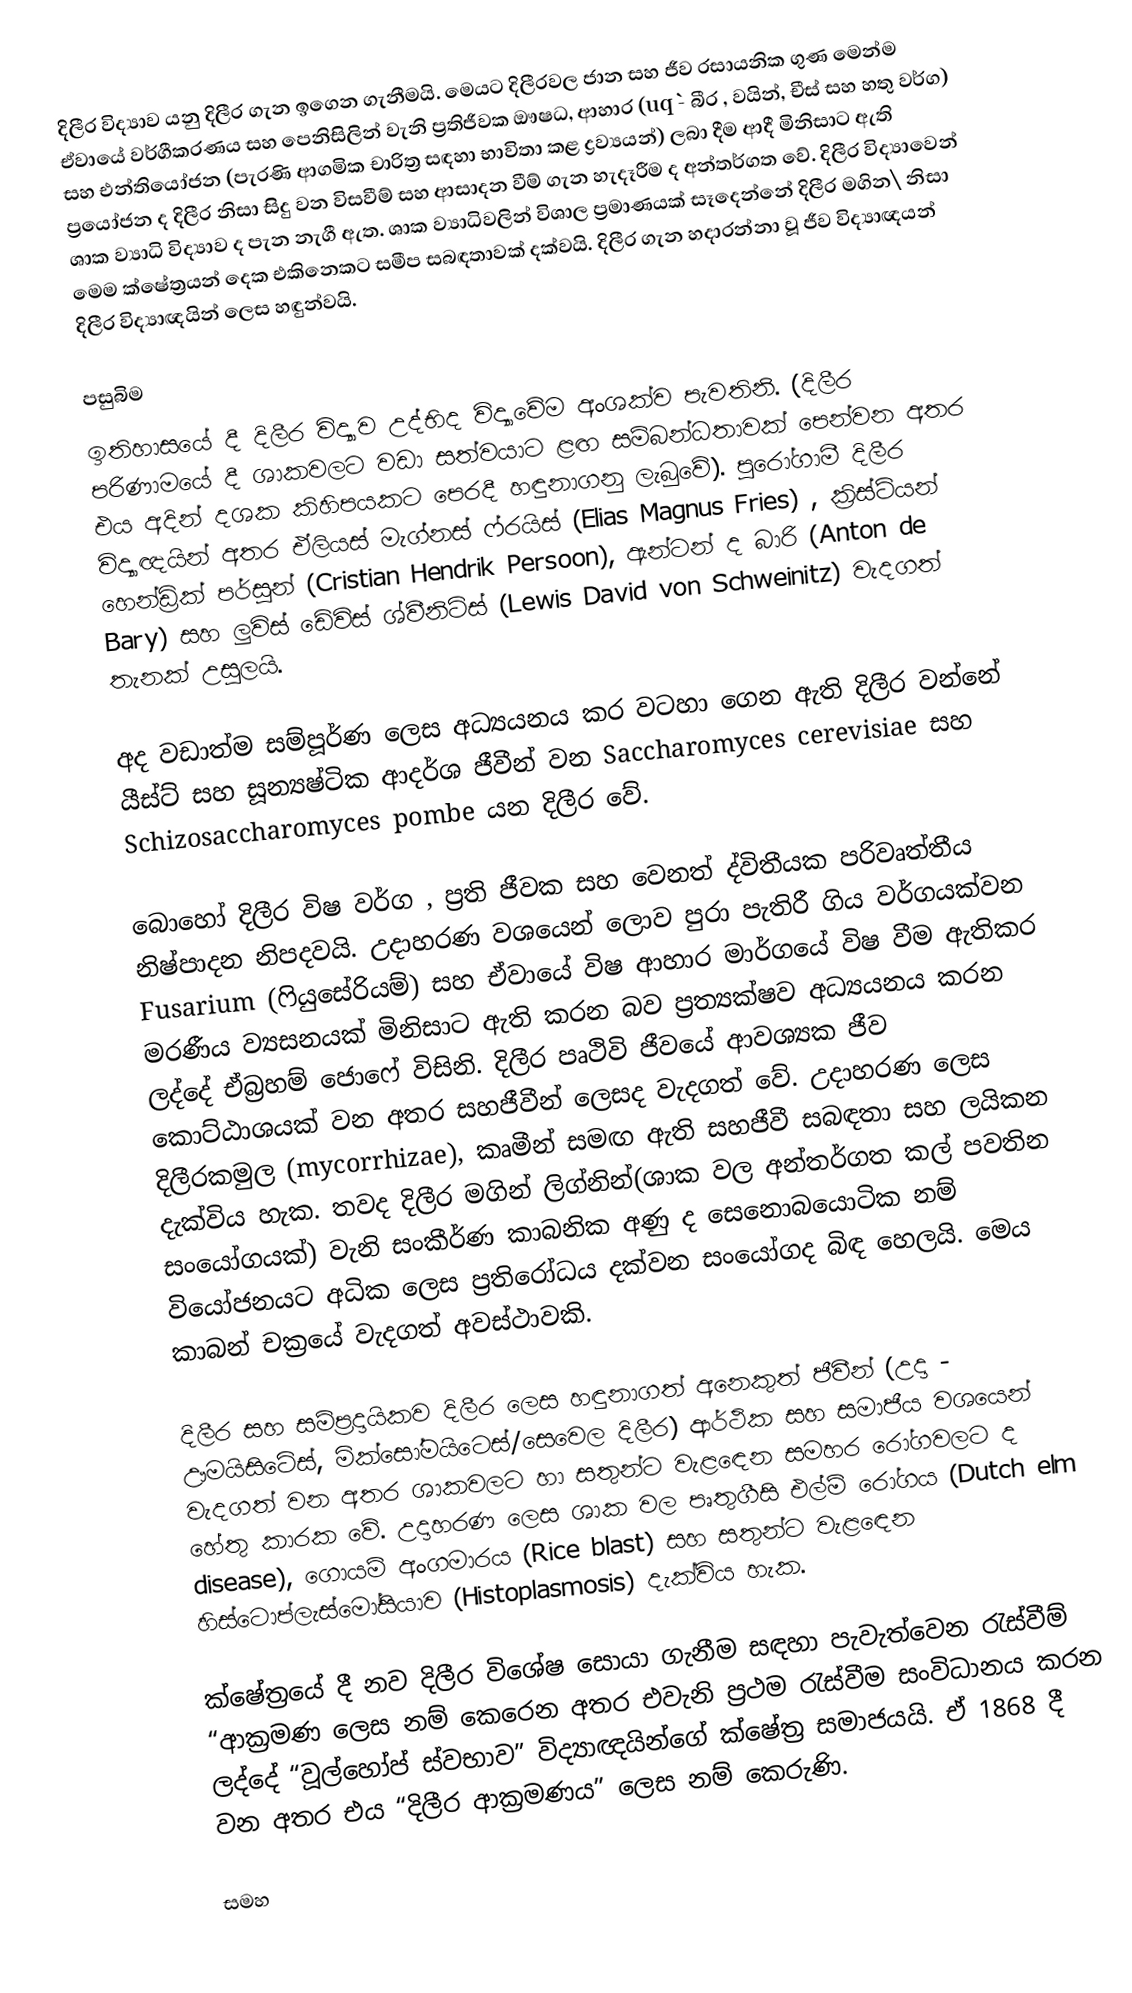
දිලීර විද්‍යාව යනු දිලීර ගැන ඉගෙන ගැනීමයි. මෙයට දිලීරවල ජාන සහ ජීව රසායනික ගුණ මෙන්ම ඒවායේ වර්ගීකරණය සහ පෙනිසිලින් වැනි ප්‍රතිජීවක ඖෂධ,  ආහාර (uq` - බීර , වයින්, චීස් සහ හතු වර්ග) සහ එන්තියෝජන (පැරණි ආගමික චාරිත්‍ර සඳහා භාවිතා කළ ද්‍රව්‍යයන්) ලබා දීම ආදී මිනිසාට ඇති ප්‍රයෝජන ද දිලීර නිසා සිදු වන  විසවීම් සහ ආසාදන වීම් ගැන හැදෑරීම ද අන්තර්ගත වේ.  දිලීර විද්‍යාවෙන් ශාක ව්‍යාධි විද්‍යාව ද පැන නැගී ඇත. ශාක ව්‍යාධිවලින් විශාල ප්‍රමාණයක් සෑදෙන්නේ දිලීර මගින\ නිසා මෙම ක්ෂේත්‍රයන් දෙක එකිනෙකට සමීප සබඳතාවක් දක්වයි. දිලීර ගැන හදාරන්නා වූ ජීව විද්‍යාඥයන් දිලීර විද්‍යාඥයින් ලෙස හඳුන්වයි.

පසුබිම
ඉතිහාසයේ දී දිලීර විද්‍යාව උද්භිද විද්‍යාවේම අංශක්ව පැවතිනි. (දිලීර පරිණාමයේ දී ශාකවලට වඩා සත්වයාට ළඟ සම්බන්ධතාවක් පෙන්වන අතර එය අදින් දශක කිහිපයකට පෙරදී හඳුනාගනු ලැබුවේ). පුරෝගාමී දිලීර විද්‍යාඥයින් අතර ඒලියස් මැග්නස් ෆ්රයිස් (Elias Magnus Fries) , ක්‍රිස්ටියන් හෙන්ඩ්‍රික් පර්සූන් (Cristian Hendrik Persoon), ඇන්ටන් ද බාරි (Anton de Bary) සහ ලුවිස් ඩේවිස් ශ්වීනිට්ස් (Lewis David von Schweinitz) වැදගත් තැනක් උසුලයි.

අද වඩාත්ම සම්පූර්ණ ලෙස අධ්‍යයනය කර වටහා ගෙන ඇති දිලීර වන්නේ යීස්ට් සහ සූන්‍යෂ්ටික ආදර්ශ ජීවීන් වන Saccharomyces cerevisiae සහ Schizosaccharomyces pombe යන දිලීර වේ.

බොහෝ දිලීර විෂ වර්ග , ප්‍රති ජීවක සහ වෙනත් ද්විතීයක පරිවෘත්තීය නිෂ්පාදන නිපදවයි. උදාහරණ වශයෙන් ලොව පුරා පැතිරී ගිය වර්ගයක්වන Fusarium (ෆියුසේරියම්) සහ ඒවායේ විෂ ආහාර මාර්ගයේ විෂ වීම ඇතිකර මරණීය ව්‍යසනයක් මිනිසාට ඇති කරන බව  ප්‍රත්‍යක්ෂව අධ්‍යයනය කරන ලද්දේ ඒබ්‍රහම් ජොෆේ විසිනි. දිලීර පෘථිවි ජීවයේ ආවශ්‍යක ජීව කොට්ඨාශයක් වන අතර සහජීවීන් ලෙසද වැදගත් වේ. උදාහරණ ලෙස දිලීරකමුල (mycorrhizae), කෘමීන් සමඟ ඇති සහජීවී සබඳතා සහ ලයිකන දැක්විය හැක. තවද දිලීර මගින් ලිග්නින්(ශාක වල අන්තර්ගත කල් පවතින සංයෝගයක්) වැනි සංකීර්ණ කාබනික අණු ද සෙනොබයොටික නම් වියෝජනයට අධික ලෙස ප්‍රතිරෝධය දක්වන සංයෝගද බිඳ හෙලයි.  මෙය කාබන් චක්‍රයේ වැදගත් අවස්ථාවකි.

දිලීර සහ සම්ප්‍රදායිකව දිලීර ලෙස හඳුනාගත් අනෙකුත් ජීවීන් (උදා - ඌමයිසිටේස්, මික්සෝමයිටෙස්/සෙවෙල දිලීර) ආර්ථික සහ සමාජීය වශයෙන් වැදගත් වන අතර ශාකවලට හා සතුන්ට වැළ‍ඳෙන සමහර රෝගවලට ද  හේතු කාරක වේ. උදාහරණ ලෙස ශාක වල පෘතුගීසි එල්ම් රෝගය (Dutch elm disease), ගොයම් අංගමාරය (Rice blast) සහ සතුන්ට වැළ‍ඳෙන හිස්ටොප්ලැස්මෝසියාව (Histoplasmosis) දැක්විය හැක.

ක්ෂේත්‍රයේ දී නව දිලීර විශේෂ සොයා ගැනීම සඳහා පැවැත්වෙන රැස්වීම් “ආක්‍රමණ ලෙස නම් කෙරෙන අතර එවැනි ප්‍රථම රැස්වීම සංවිධානය කරන ලද්දේ “වූල්හෝප් ස්වභාව” විද්‍යාඥයින්ගේ ක්ෂේත්‍ර සමාජයයි. ඒ 1868 දී වන අතර එය “දිලීර ආක්‍රමණය” ලෙස නම් කෙරුණි.

සමහ